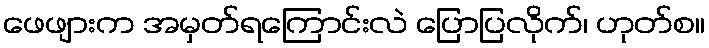
ဖေဖျားက အမှတ်ရကြောင်းလဲ ပြောပြလိုက်၊ ဟုတ်စ။